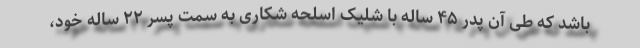
باشد که طی آن پدر ۴۵ ساله با شلیک اسلحه شکاری به سمت پسر ۲۲ ساله خود،